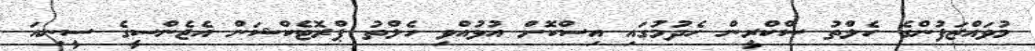
މުވައްޒަފުންގެ ހެލްތު ސްކްރީން ހެދުމުގައި އިސްކޮށް އުޅުއްވި ހެލްތު ޕްރޮޓެކްޝަން އެޖެންސީގެ ސީނިއަ